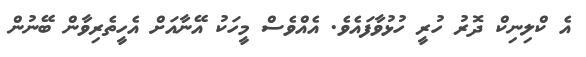
އެ ކްލިނިކް ދޮރު ހުރީ ހުޅުވާފައެވެ. އެއްވެސް މީހަކު އޭނާއަށް އެހީތެރިވާން ބޭނުން